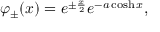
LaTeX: \varphi _ { \pm } ( x ) = e ^ { \pm \frac x 2 } e ^ { - a \cosh x } ,